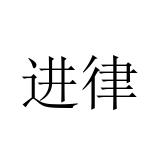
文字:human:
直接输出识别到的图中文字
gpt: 进律